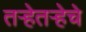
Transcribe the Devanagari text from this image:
तऱ्हेतऱ्हेचे